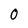
Character: 0